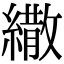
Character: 繖